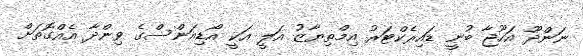
ނަންދޫ އަހޫޖާ ބުނީ ޑައިރެކްޓަރު އިމްތިޔާޒު އަލީ އަކީ އޯޑިއަންސްގެ ވިންދާ އެއްގޮތަށް